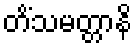
တိံသမတ္တာနိ